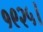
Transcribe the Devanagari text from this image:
१९२५।